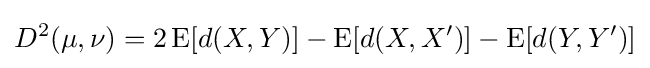
D^{2}(\mu ,\nu )=2\operatorname {E} [d(X,Y)]-\operatorname {E} [d(X,X')]-\operatorname {E} [d(Y,Y')]